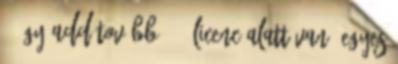
– Így add tovább 3.0 licenc alatt van; egyes